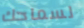
لسماحك